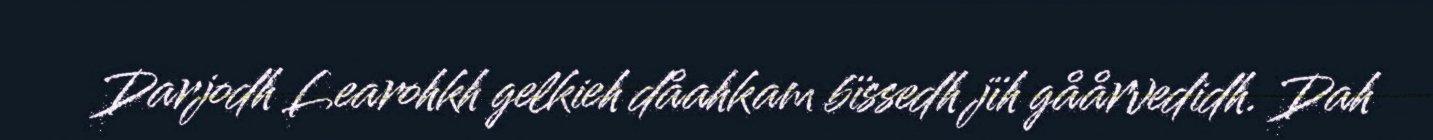
Darjodh Learohkh gelkieh dåahkam bïssedh jïh gåårvedidh. Dah